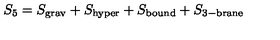
S _ { 5 } = S _ { \mathrm { g r a v } } + S _ { \mathrm { h y p e r } } + S _ { \mathrm { b o u n d } } + S _ { \mathrm { 3 - b r a n e } }